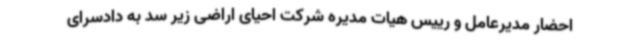
احضار مدیرعامل و رییس هیات مدیره شرکت احیای اراضی زیر سد به دادسرای